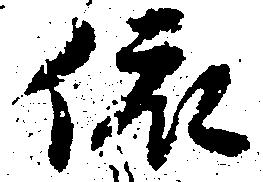
依